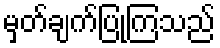
မှတ်ချက်ပြုကြသည်